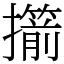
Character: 擶